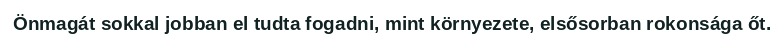
Önmagát sokkal jobban el tudta fogadni, mint környezete, elsősorban rokonsága őt.